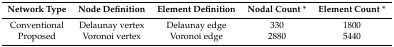
| Network Type | Node Definition | Element Definition | Nodal Count * | Element Count * |
 | --- | --- | --- | --- | --- |
 | Conventional | Delaunay vertex | Delaunay edge | 330 | 1800 |
 | Proposed | Voronoi vertex | Voronoi edge | 2880 | 5440 |